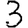
Digit: 3